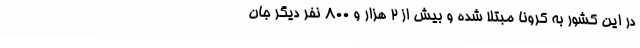
در این کشور به کرونا مبتلا شده و بیش از ۲ هزار و ۸۰۰ نفر دیگر جان